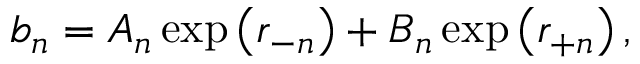
b _ { n } = A _ { n } \exp \left( r _ { - n } \right) + B _ { n } \exp \left( r _ { + n } \right) ,